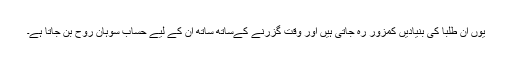
یوں ان طلبا کی بنیادیں کمزور رہ جاتی ہیں اور وقت گزرنے کےساتھ ساتھ ان کے لیے حساب سوہانِ روح بن جاتا ہے۔